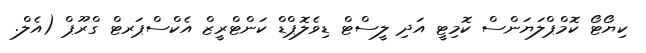
ކިޔޯޓޯ ކޮމްޕްލަޔަންސް ކޮމިޓީ އަދި ލީސްޓް ޑިވެލޮޕްޑް ކަންޓްރީޒް އެކްސްޕަރޓް ގްރޫޕް (އެލް.